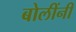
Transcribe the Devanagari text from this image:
बोलींनी